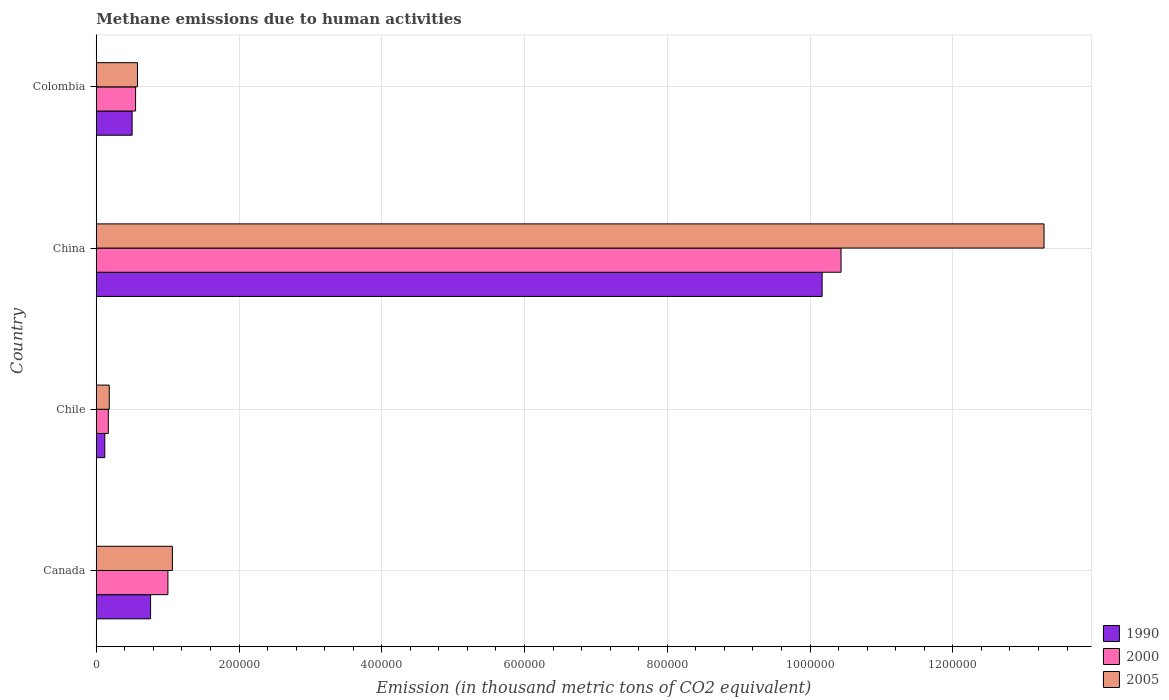
| Country | 1990 | 2000 | 2005 |
 | --- | --- | --- | --- |
 | Canada | 7.61e+04 | 1e+05 | 1.07e+05 |
 | Chile | 1.2e+04 | 1.69e+04 | 1.82e+04 |
 | China | 1.02e+06 | 1.04e+06 | 1.33e+06 |
 | Colombia | 5.02e+04 | 5.51e+04 | 5.77e+04 |